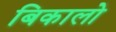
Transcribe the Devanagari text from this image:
बिकालो